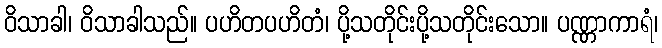
ဝိသာခါ၊ ဝိသာခါသည်။ ပဟိတပဟိတံ၊ ပို့သတိုင်းပို့သတိုင်းသော။ ပဏ္ဏာကာရံ၊